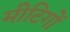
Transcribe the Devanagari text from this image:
मीटिगों